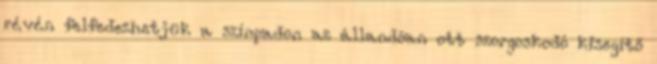
révén felfedezhetjük a színpadon az állandóan ott szorgoskodó kisegítő